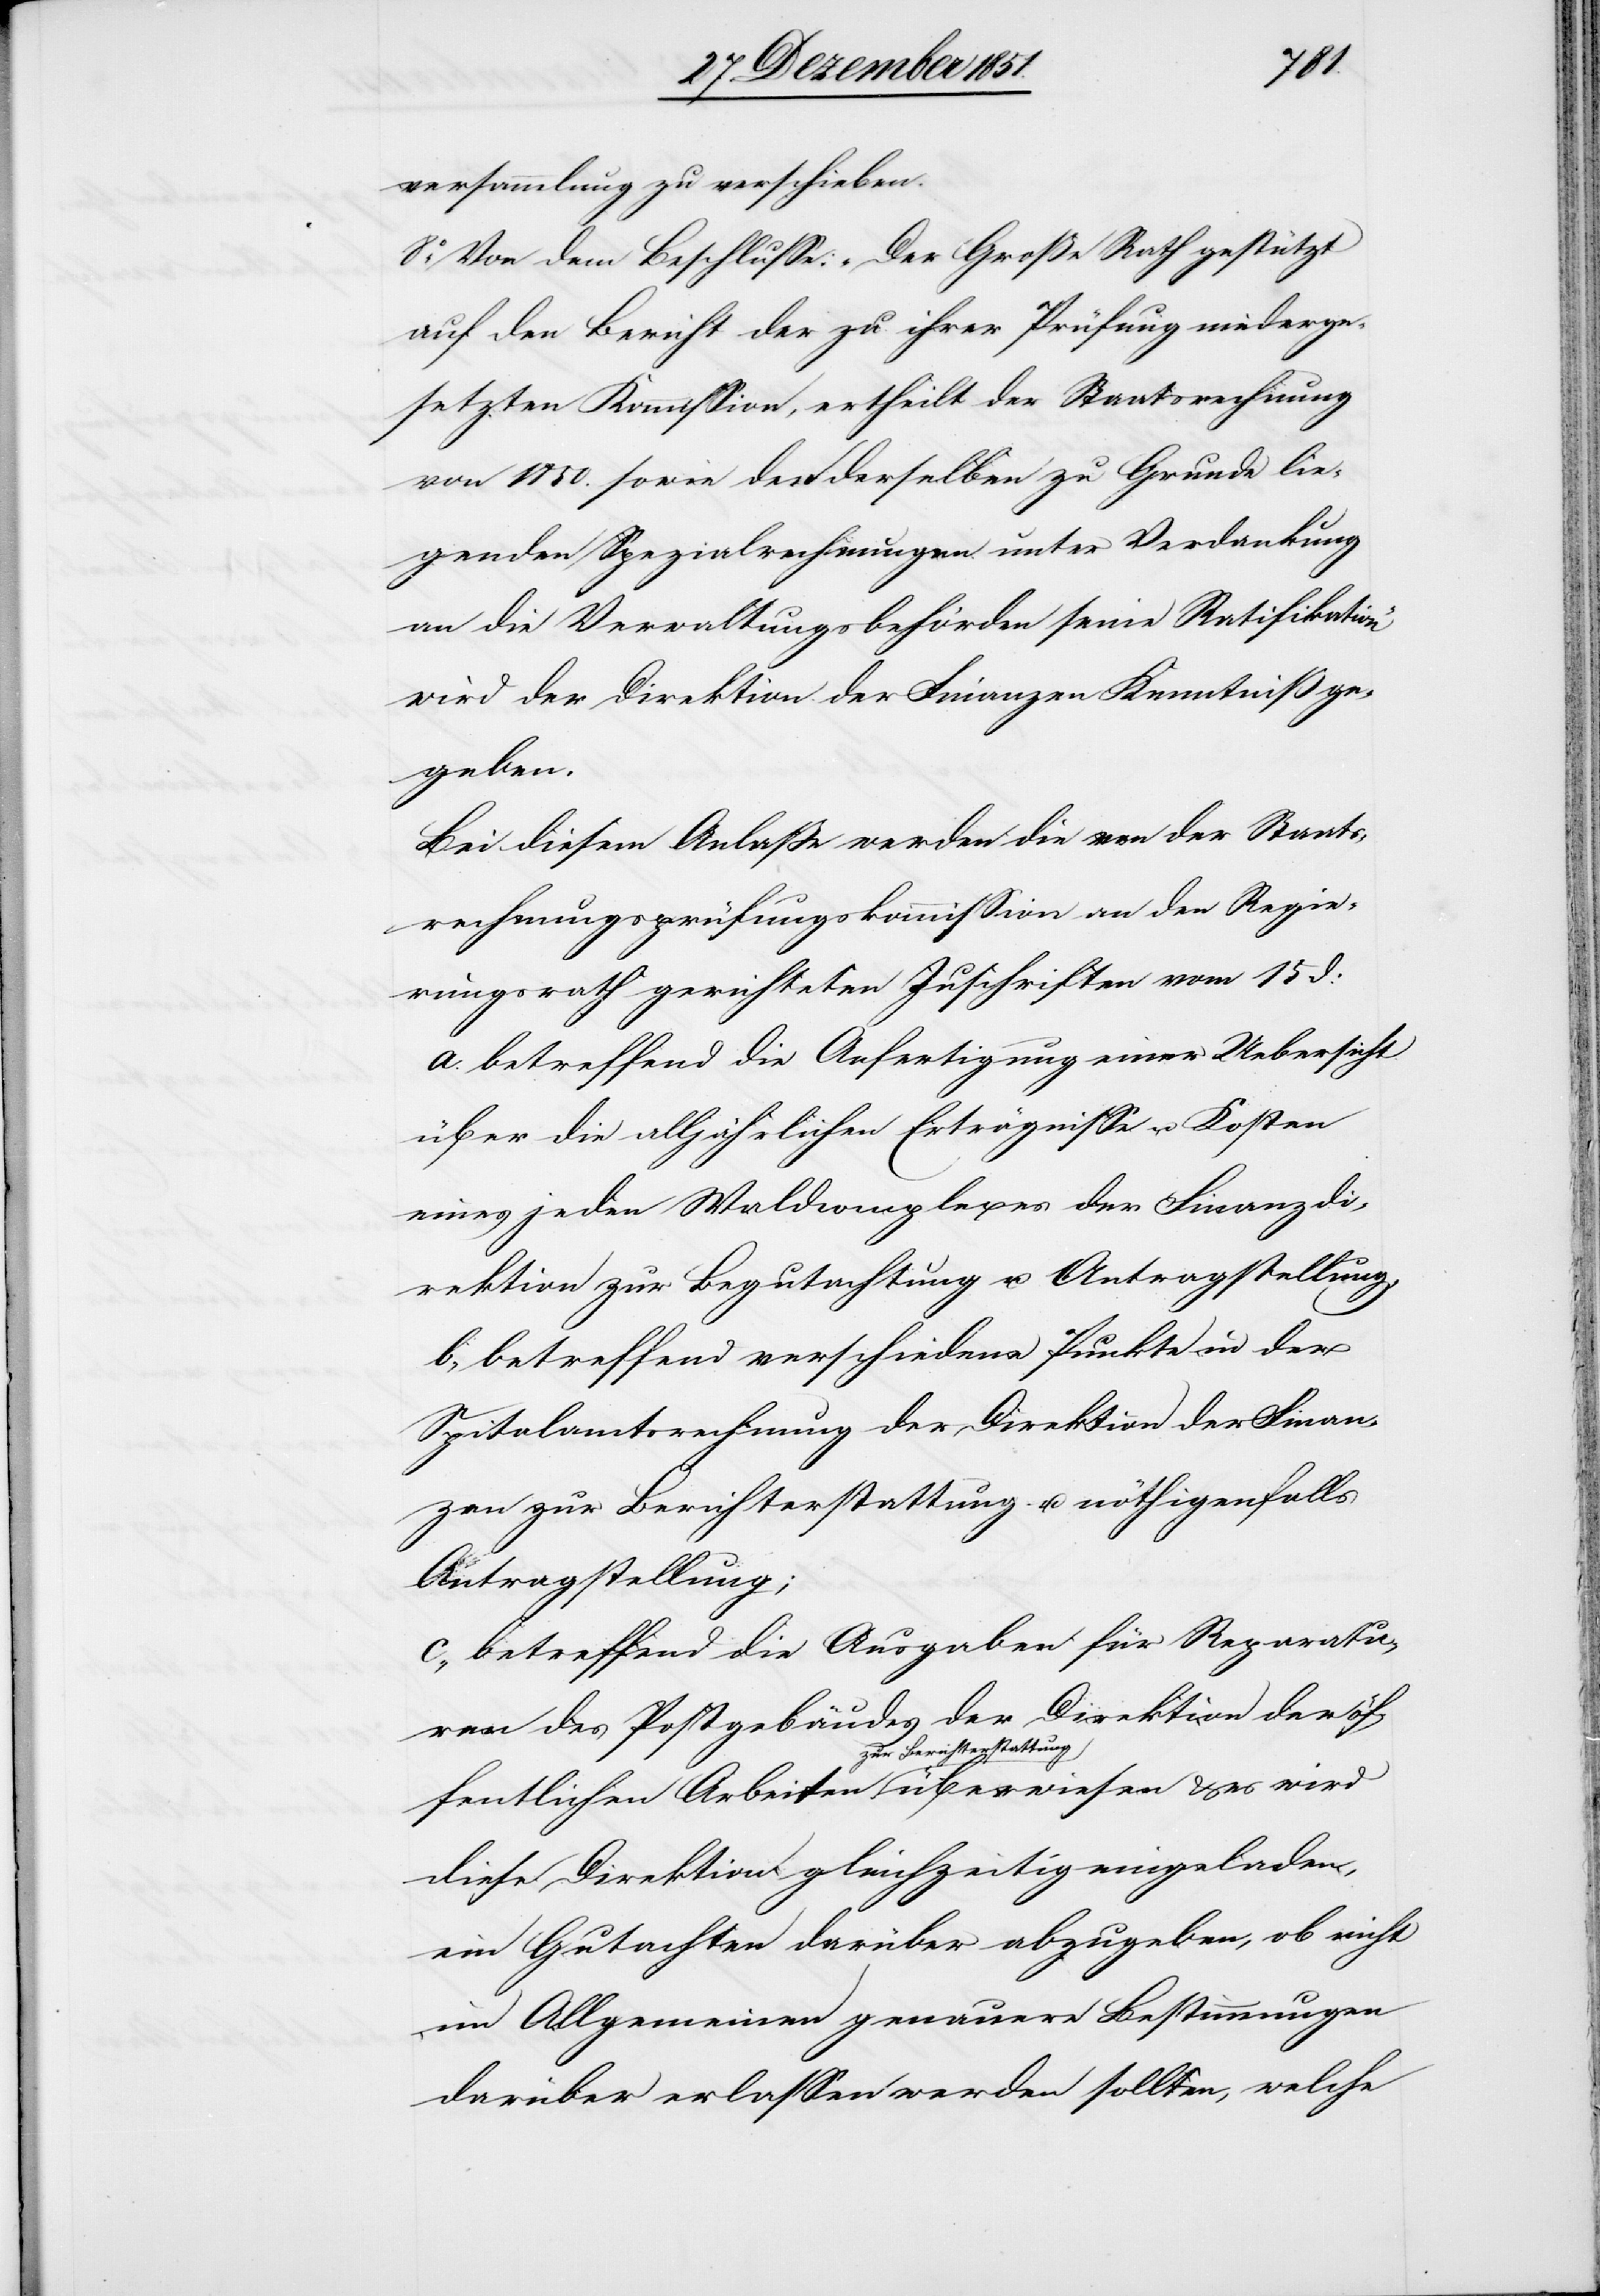
versammlung zu verschieben.
8.o Von dem Beschlusse: „Der Große Rath gestützt
auf den Bericht der zu ihrer Prüfung niederge¬
setzten Kommission, ertheilt der Staatsrechnung
von 1850. sowie den derselben zu Grunde lie¬
genden Spezialrechnungen unter Verdankung
an die Verwaltungsbehörden seine Ratifikation“
wird der Direktion der Finanzen Kenntniß ge¬
wiesen
Bei diesem Anlaße werden die von der Staats¬
rechnungsprüfungskommission an den Regie¬
rungsrath gerichteten Zuschriften vom 15 d:
a. betreffend die Anfertigung einer Uebersicht
über die alljährlichen Erträgnisse u. Kosten
eines jeden Waldcomplexes der Finanzdi¬
rektion zur Begutachtung u. Antragstellung,
b., betreffend verschiedene Punkte in der
Spitalamtsrechnung der Direktion der Finan¬
zen zur Berichterstattung u. nöthigenfalls
Antragstellung;
c., betreffend die Ausgaben für Reparatu¬
ren des Postgebäudes der Direktion der öf¬
fentlichen Arbeiten zur Berichterstattung über¬
diese Direktion gleichzeitig eingeladen,
ein Gutachten darüber abzugeben, ob nicht
im Allgemeinen genauere Bestimmungen
darüber erlassen werden sollten, welche